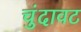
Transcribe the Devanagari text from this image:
चुंदावट